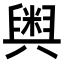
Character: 𮍱